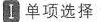
I 单项选择